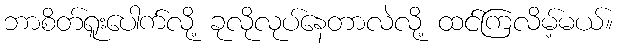
ဘာစိတ်ရူးပေါက်လို့ ခုလိုလုပ်နေတာလဲလို့ ထင်ကြလိမ့်မယ်။